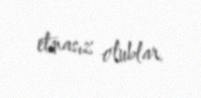
etinasız olublar.